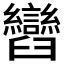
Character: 𦦽